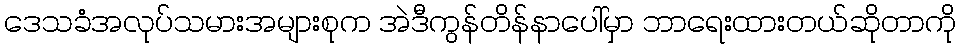
ဒေသခံအလုပ်သမားအများစုက အဲဒီကွန်တိန်နာပေါ်မှာ ဘာရေးထားတယ်ဆိုတာကို